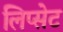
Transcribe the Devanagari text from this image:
लिप्सेट